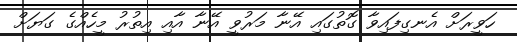
ހަވީރަށް އެނގިފައިވާ ގޮތުގައި އޭނާ މަރުވީ އޭނާ އާއި އިތުރު މީހެއްގެ ގަޔަށް